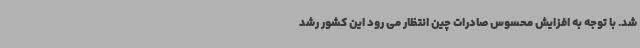
شد. با توجه به افزایش محسوس صادرات چین انتظار می رود این کشور رشد